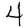
Digit: 4